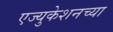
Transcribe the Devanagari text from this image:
एज्युकेशनच्या